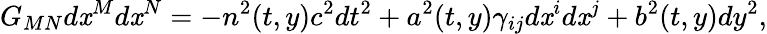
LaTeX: G_{MN}d\mathit{x}^{M}d\mathit{x}^{N}=-n^{2}(t,y)c^{2}dt^{2}+a^{2}(t,y)\gamma_{ij}d\mathit{x}^{i}d\mathit{x}^{j}+b^{2}(t,y)dy^{2},